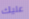
عليك